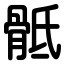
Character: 骶